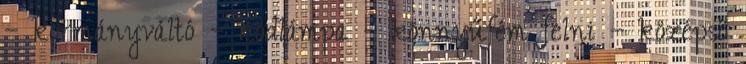
– kormányváltó – ködlámpa – könnyűfém felni – középső